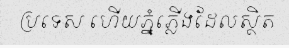
ប្រទេស ហើយភ្នំភ្លើងដែលស្ថិត